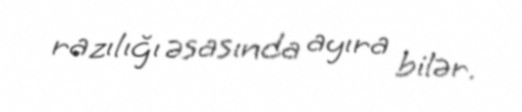
razılığı əsasında ayıra bilər.